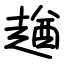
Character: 趥